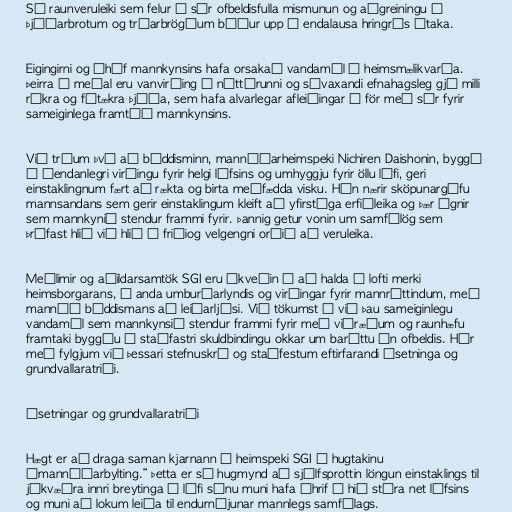
Sá raunveruleiki sem felur í sér ofbeldisfulla mismunun og aðgreiningu á
þjóðarbrotum og trúarbrögðum býður upp á endalausa hringrás átaka.

Eigingirni og óhóf mannkynsins hafa orsakað vandamál á heimsmælikvarða.
Þeirra á meðal eru vanvirðing á náttúrunni og sívaxandi efnahagsleg gjá milli
ríkra og fátækra þjóða, sem hafa alvarlegar afleiðingar í för með sér fyrir
sameiginlega framtíð mannkynsins.

Við trúum því að búddisminn, mannúðarheimspeki Nichiren Daishonin, byggð
á óendanlegri virðingu fyrir helgi lífsins og umhyggju fyrir öllu lífi, geri
einstaklingnum fært að rækta og birta meðfædda visku. Hún nærir sköpunargáfu
mannsandans sem gerir einstaklingum kleift að yfirstíga erfiðleika og þær ógnir
sem mannkynið stendur frammi fyrir. Þannig getur vonin um samfélög sem
þrífast hlið við hlið í friðiog velgengni orðið að veruleika.

Meðlimir og aðildarsamtök SGI eru ákveðin í að halda á lofti merki
heimsborgarans, í anda umburðarlyndis og virðingar fyrir mannréttindum, með
mannúð búddismans að leiðarljósi. Við tökumst á við þau sameiginlegu
vandamál sem mannkynsið stendur frammi fyrir með viðræðum og raunhæfu
framtaki byggðu á staðfastri skuldbindingu okkar um baráttu án ofbeldis. Hér
með fylgjum við þessari stefnuskrá og staðfestum eftirfarandi ásetninga og
grundvallaratriði.

Ásetningar og grundvallaratriði

Hægt er að draga saman kjarnann í heimspeki SGI í hugtakinu
„mannúðarbylting.“ Þetta er sú hugmynd að sjálfsprottin löngun einstaklings til
jákvæðra innri breytinga í lífi sínu muni hafa áhrif á hið stóra net lífsins
og muni að lokum leiða til endurnýjunar mannlegs samfélags.